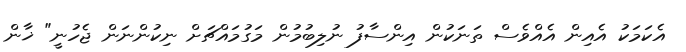
އެކަމަކު އެއިން އެއްވެސް ތަނަކުން އިންސާފު ނުލިބުމުން މަގުމައްޗަށް ނިކުންނަން ޖެހުނީ" ޚާން